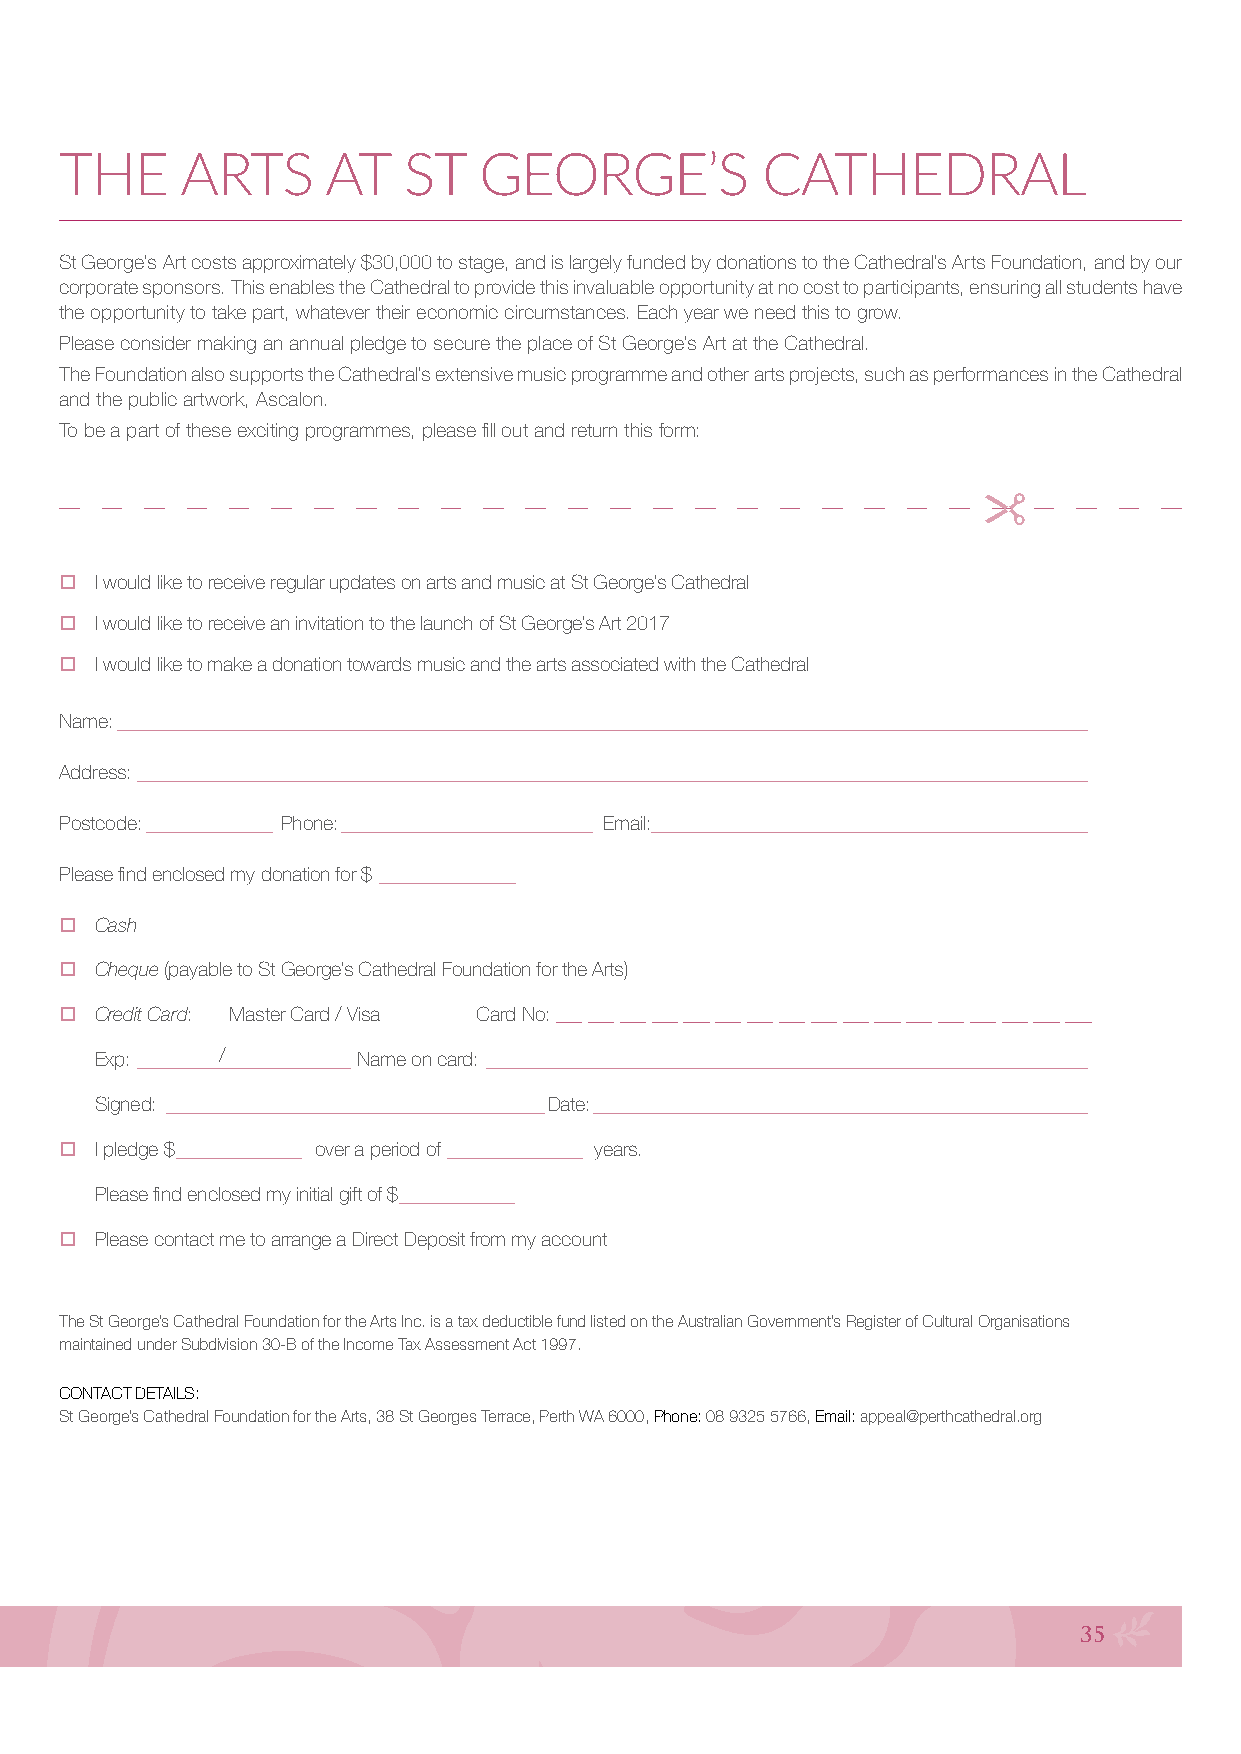
THE     ARTS      AT   ST   GEORGE’S          CATHEDRAL
 St George’s Art costs approximately $30,000 to stage, and is largely funded by donations to the Cathedral’s Arts Foundation, and by our
 corporate sponsors. This enables the Cathedral to provide this invaluable opportunity at no cost to participants, ensuring all students have
 the opportunity to take part, whatever their economic circumstances. Each year we need this to grow.
 Please consider making an annual pledge to secure the place of St George’s Art at the Cathedral.
 The Foundation also supports the Cathedral’s extensive music programme and other arts projects, such as performances in the Cathedral
 and the public artwork, Ascalon.
 To be a part of these exciting programmes, please fill out and return this form:
 o I would like to receive regular updates on arts and music at St George’s Cathedral
 o I would like to receive an invitation to the launch of St George’s Art 2017
 o I would like to make a donation towards music and the arts associated with the Cathedral
 Name: ____________________________________________________________________________________________________
 Address: __________________________________________________________________________________________________
 Postcode: _____________ Phone: __________________________ Email:_____________________________________________
 Please find enclosed my donation for $ ______________
 o Cash
 o Cheque (payable to St George’s Cathedral Foundation for the Arts)
 o Credit Card: Master Card / Visa Card No:
 Exp: _________/_____________ Name on card: ______________________________________________________________
 Signed: _______________________________________Date: ___________________________________________________
 o I pledge $ _____________ over a period of ______________ years.
 Please find enclosed my initial gift of $ ____________
 o Please contact me to arrange a Direct Deposit from my account
 The St George’s Cathedral Foundation for the Arts Inc. is a tax deductible fund listed on the Australian Government’s Register of Cultural Organisations
 maintained under Subdivision 30-B of the Income Tax Assessment Act 1997.
 CONTACT DETAILS:
 St George’s Cathedral Foundation for the Arts, 38 St Georges Terrace, Perth WA 6000, Phone: 08 9325 5766, Email: appeal@perthcathedral.org
 35